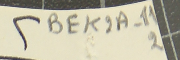
٢ BEK2A-11 2